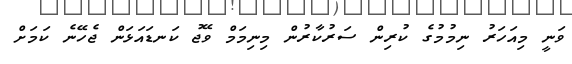
ވަނީ މިއަހަރު ނިމުމުގެ ކުރިން ސަރުކާރުން މިނިމަމް ވޭޖު ކަނޑައަޅަން ޖެހޭނެ ކަމަށް